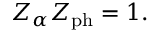
Z _ { \alpha } Z _ { \mathrm { \scriptsize { p h } } } = 1 .